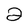
Character: 2